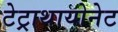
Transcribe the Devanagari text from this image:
टेट्राथायोनेट